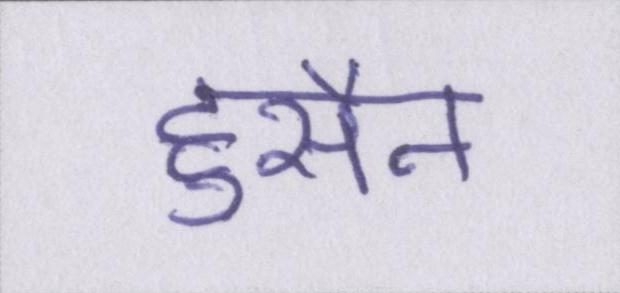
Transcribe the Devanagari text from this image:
हुसैन